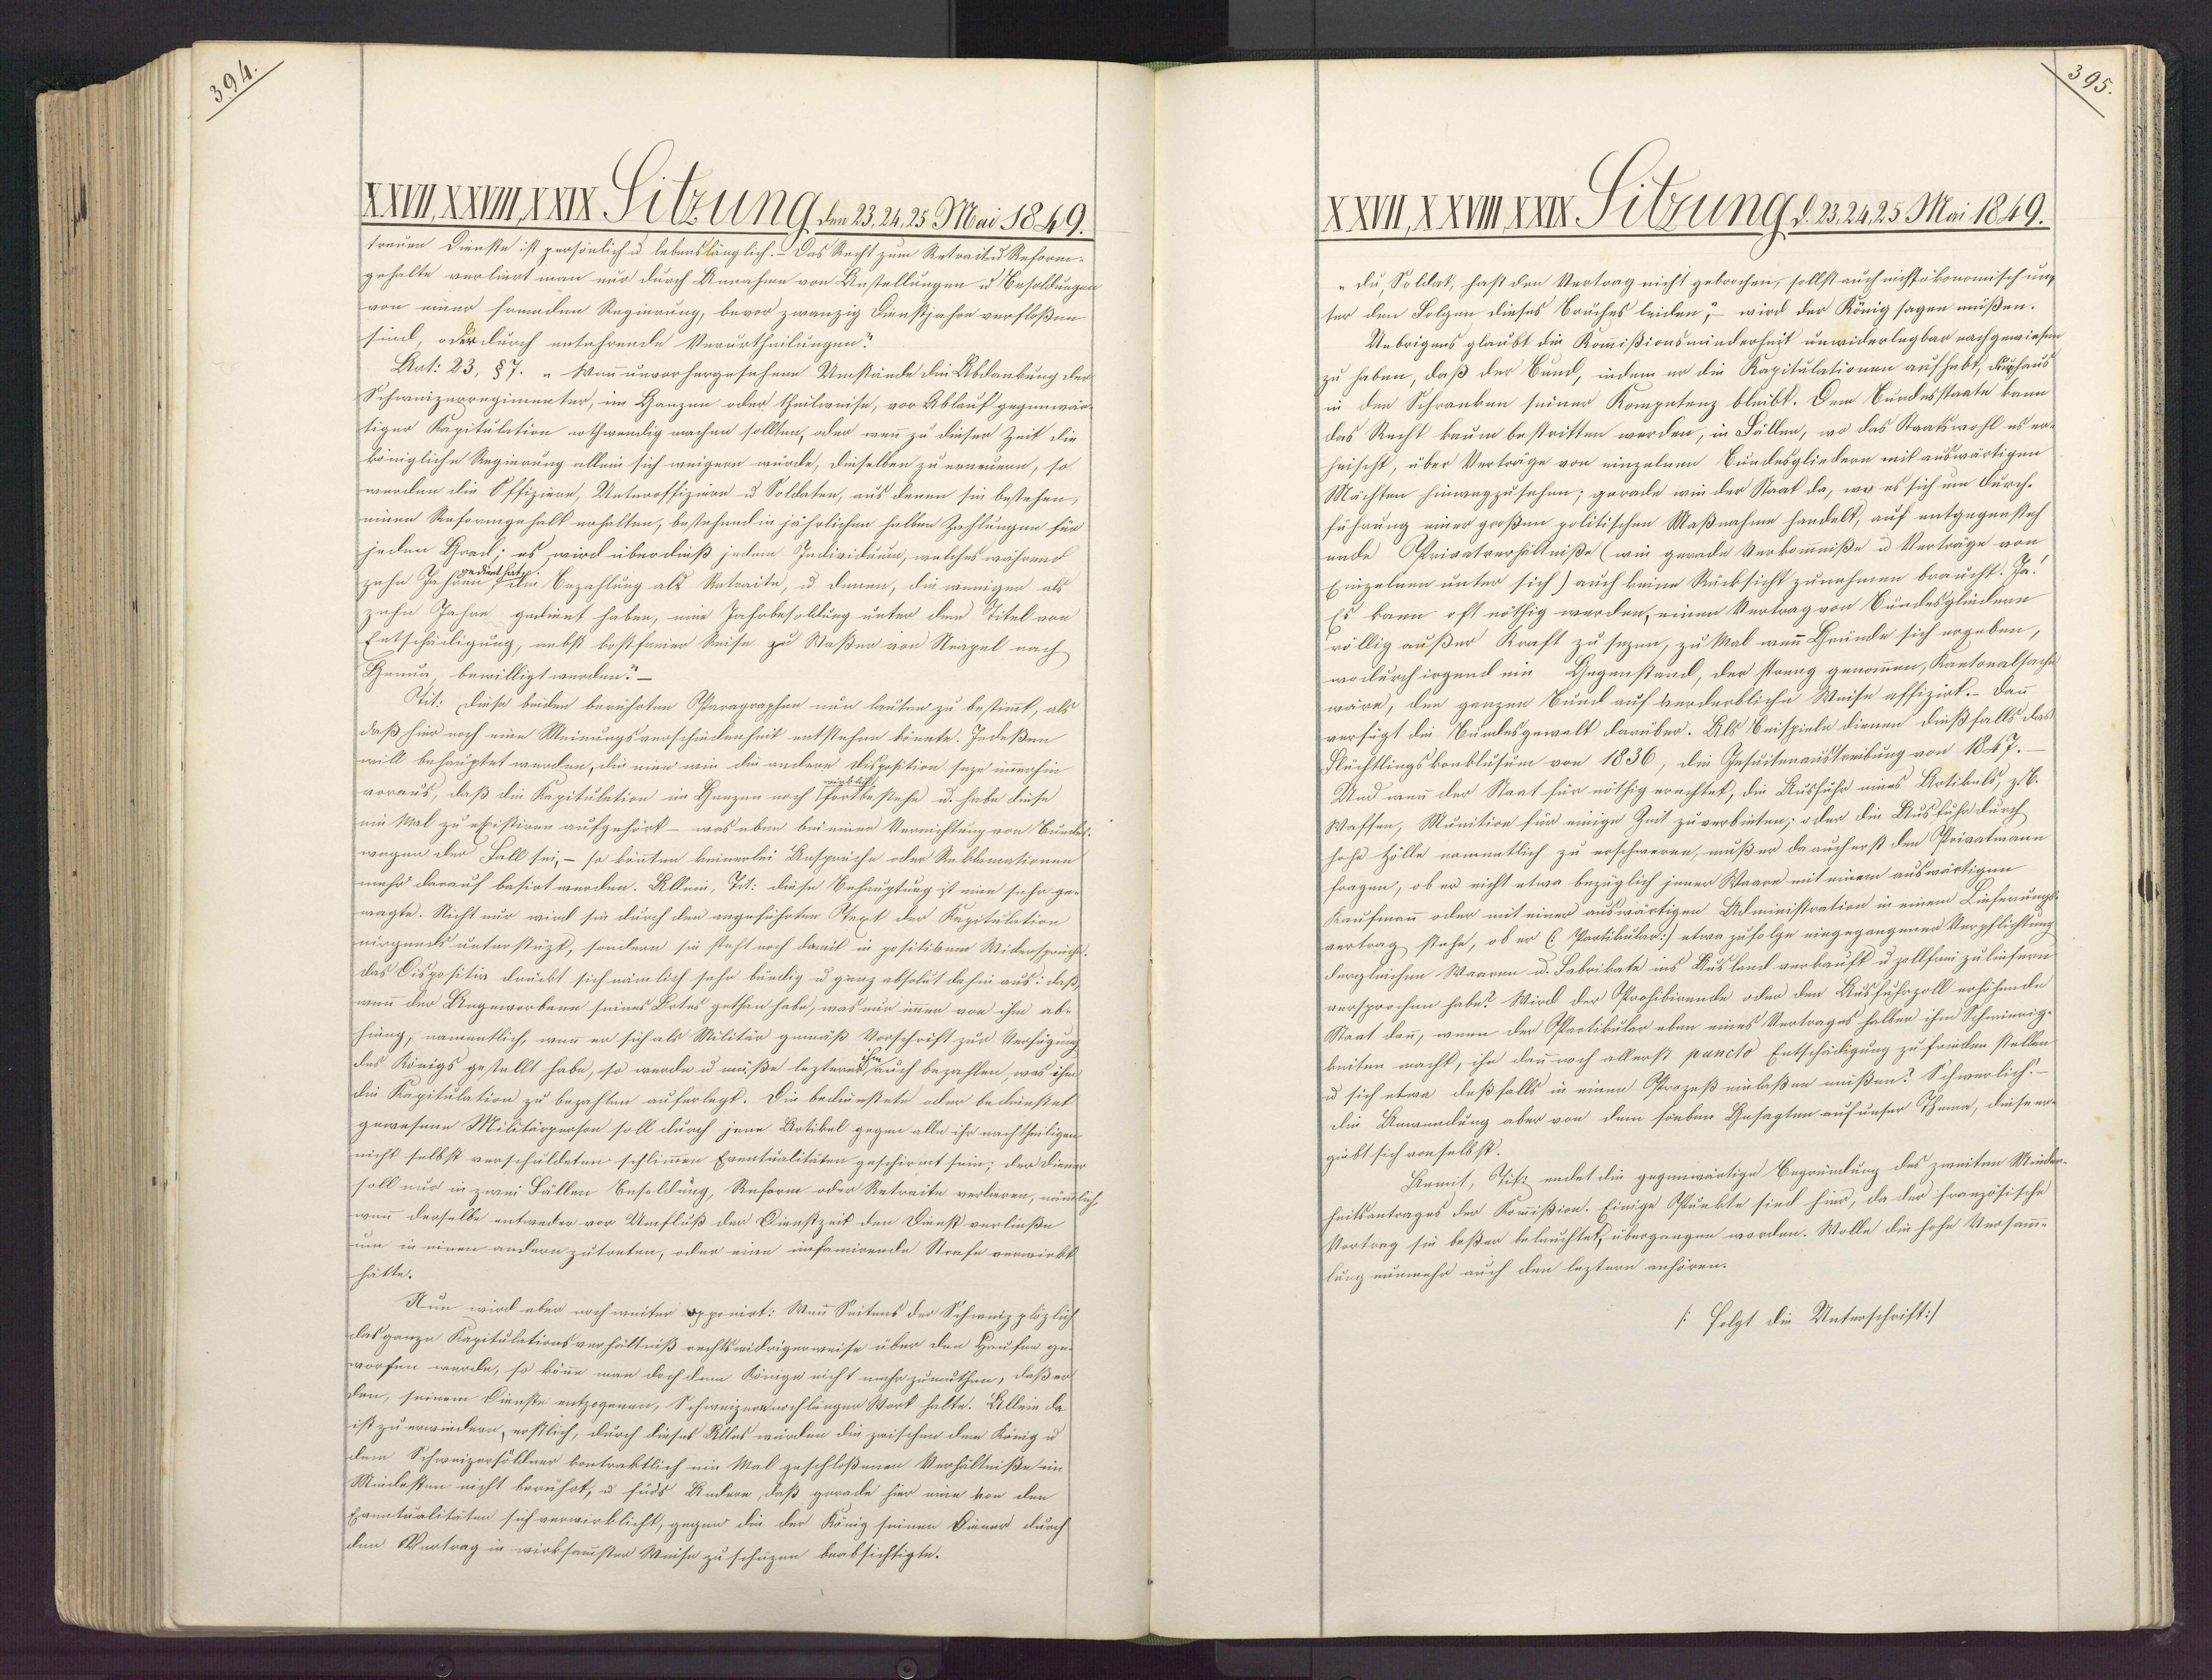
395
XXVII, XXVIII, XXIX, Hitzung, den 23, 24, 25 Mai 1849.
XXVII, XXVIII, XXIX Sitzung d. 23, 24, 25 Mai 1849.
treuen Dienste ist persönlich u lebenslänglich. Das Recht zum Retraiten Reform¬
gehalte verliert man nur durch Annahme von Anstellungen u Besoldungen
„ Du, Soldat, hast den Vertrag nicht gebrochen, sollst auch nicht ökonomischung
von einer fremden Regierung, bevor zwanzig Dienstjahre verfloßen
ter den Folgen dieses Bruches leiden,"- wird der König sagen müßen.
Uebrigens glaubt die Kommißionsminderheit unwiderlegbar nachgewiesen
siml, oder durch entehrende Verurtheilungen.
zu haben, daß der Bund, indem er die Kapitulationen aufhebt, durchaus
Dat: 23, §7. „Wenn unvor hergesehene Umstände die Abdankung der
in den Schrauben seiner Kompetenz bleibt. Dem Bundesstaate kann
Schweizerregimenter, im Hanzen oder theilweise, vor Ablauf gegenwär¬
das Recht kaum bestritten werden, in Fällen, wo das Staatswohl es er¬
tiger Kapitulation nothwendig machen sollten, oder wenn zu dieser Zeit die
heisch, über Verträge von einzelnen Bundesgliedern mit auswärtigen
königliche Regierung allein sich weigern würde, dieselben zu erneuern, so
Mächten hinwegzusehen; gerade wie der Staat da, wo es sich um Durch¬
werden die Offiziere, Unteroffiziere u Soldaten, aus denen sie bestehen,
führung einer großen politischen Maßnahme handelt, auf entgegensteh¬
einen Reformgehalt erhalten, bestehend in jährlichen halben Zahlungen für
unde Privatverhältniße (wie gerade Verkommnißes u Verträge von
jeden Grad; es wird überdieß jedem Individuum, welches während
Einzelnen unter sich) auch keine Rücksicht zunehmen braucht. Ja.
zehn Jahren gedenet hat, die Bezahlung als Retraite, u denen, die weniger als
Es kann oft nöthig werden, einen Vertrag von Bundesgliedern
ehe Jahre gedient haben, eine Jahrbesoldung unter dem Titel von
völlig außer Kraft zu sezen, zu Mal wenn Gründe sich ergeben,
Entschädigung, nebst kostfreier Reise zu Staßer von Neapel nach
wo durch irgend ein Gegenstand, der streng genommen, Kantoralsache
Genua bewilligt werden."-
wäre, den ganzen Bund auf verderbliche Weise affizirt.- Dann
Tit: Diese beiden berührten Paragraphen nun lauten zu bestimmt, als
verfügt die Bundesgewelt darüber. Als Beispieln dienen dießfalls das
daß hier noch eine Meinungsverschiedenheit entstehen könnte. Jedeßen
Flüchtlingskonkläsum von 1836, die Insuitenaustreibung von 1847.
will behauptet werden, die eine wie die andere Dr.
Eposition seyn immerhin
wirklich
Und wenn der Staat für nöthig erachtet, die Aushühr eines Artibels, z.C.
voraus, daß die Kapitulation im Ganzen noch fortbestehe u. habe diese
Waffen, Munition für einige Zeit zu verbieten; oder die Ausfuhr durch
ein Mal zu existiren aufgehört — was eben bei einer Vernichtung von Bunde.
hohe Hölle namentlich zu erschweren, muß er da auch erst den Privatmann
wegen der Fall sei, - so könnten keinerlei Ansprüche oder Reklamationen
fragen, ob er nicht etwa bezüglich jener Waare mit einem auswärtigen
mehr darauf besirt werden. Allein, Tit: diese Behauptung ist eine sehr ge¬
Kaufmann oder mit einer auswärtigen Administration in einem Lieferungs¬
wagte. Nicht nur wird sie durch den angeführten Prext der Kapitulation
vertrag stehe, ob er (Partikular) etwa zufolge eingegangener Verpflichtung
nirgends unterstüzt, sondern sie steht noch damit in positiven Widerspruche.
dergleichen Waaren u. Fabrikate ins Ausland verkauft u zollfrai zu liefern
Das Dispositiv drückt sich nämlich sehr bündig u ganz absolut dahin aus: daß,
versprochen habe? Wird der Prohibirende oder den Ausfuhrzoll erhöhende
wenn der Ungeworbene seines Botes gethan habe, was nur immer von ihm ab¬
Staat dann, wenn der Partikular eben eines Vertrages halber ihm Schwierig
hung, namentlich, wenn er sich als Militär gemäß Vorschrift zur Verfügung
keiten macht, ihr dann noch allerß puncto Entschädigung zu frieden stellen
des Königs gestellt habe, so werde u müße lezterer auch bezahlen, was ihm
u sich etwa daßfalls in einen Prozeß einlaßen müßen? Schwerlich!
die Kapitulation zu bezahlen auferlegt. Die bedienstete oder bedrießet
die Bewendung aber von dem sieben Gesagten auf unser Thema, diese er¬
gewesene Militärpersen soll durch jene Botibel gegen alle ihr nachtheiligen
giebt sich von selbst
nicht selbst verschuldeten schlimmen Eventualitäten geschirmt sein; der Diener
Barmit, Tikt endet die gegenwärtige Begründung des zweiten Minder¬
soll nur in zwei Fällen Besoldung, Reform oder Retraite verlieren, nämlich
heitsantrages der Kommißion. Einige Punkte sind hier, da der französische
wenn derselbe entweder vor Umfluß der Dienstzeit den Dienste verließe
Vortrag sie beßer belauchtet, übergangen worden. Wolle die hohe Versamm¬
um in einen andern zutreten, oder eine infamirende Strafe verwirkt
lung nunmehr auch den leztern anhören.
hätte.
Nun wird aber noch weiter opponirt: Mann Seitens der Schweizplözlich
/: folgt die Unterschrift :/
das ganze Kapitulationsverhältniß rechtswidrigerweise über den Haufen ge¬
worfen werde, so könne man doch dem Könige nicht mehr zumuthen, daß er
den, seinem Dienste entzogenen, Schweizeranschlänger Wort halte. Allein da
ist zu erwiedern, erstlich, durch dieses Alles würden die zwischen dem König u
dem Schweizerföllner contraktlich ein Mal geschloßenen Verhältniße ein
Minilesten nicht berührt, u fürs Andere, daß gerade hier eine von den
Enuntualitäten sich verwirklicht, gegen die der König seinen Diener durch
den Vertrag in wirksamster Weise zu schüzen beabsichtigte.